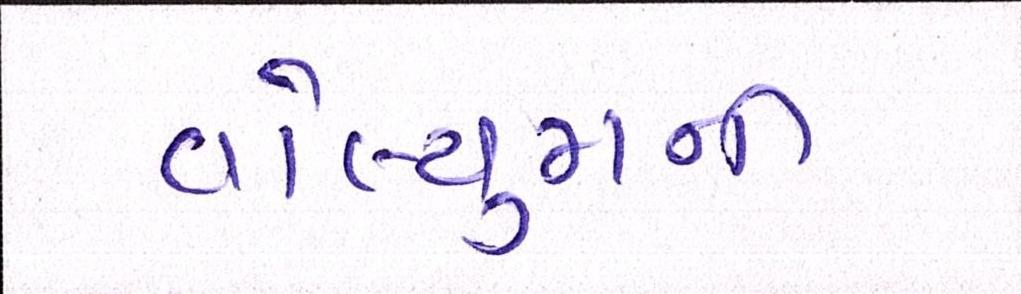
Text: વોલ્યુમની